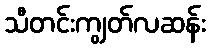
သီတင်းကျွတ်လဆန်း